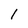
Character: I